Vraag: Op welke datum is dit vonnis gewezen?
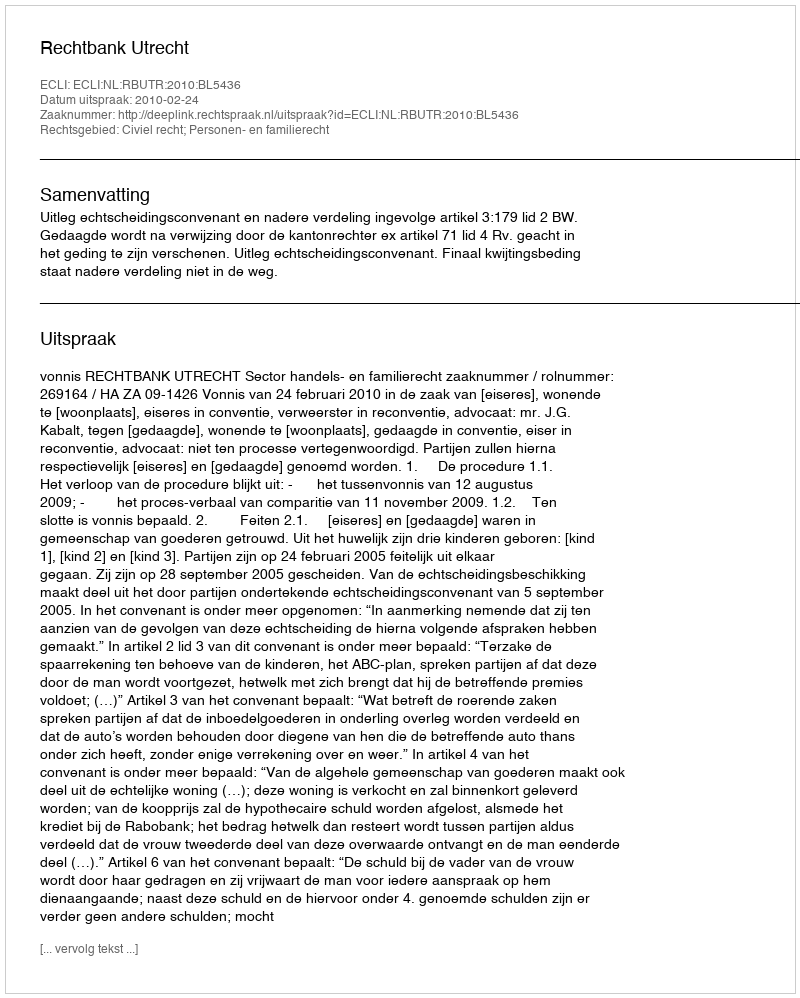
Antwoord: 2010-02-24